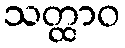
သတ္ထာဝ